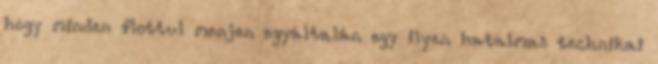
hogy minden flottul menjen egyáltalán egy ilyen hatalmas technikai